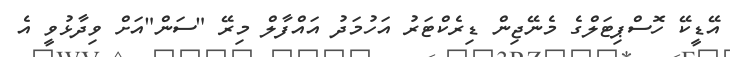
އޭޑީކޭ ހޮސްޕިޓަލްގެ މެނޭޖިން ޑިރެކްޓަރު އަހުމަދު އައްފާލް މިރޭ "ސަން"އަށް ވިދާޅުވީ އެ